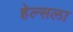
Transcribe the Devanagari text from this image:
हेल्सला